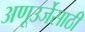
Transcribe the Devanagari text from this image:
अणूउर्जेसाठी